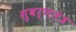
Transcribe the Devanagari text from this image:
सुवर्णतंत्र